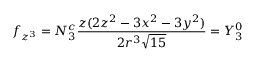
f _ { z ^ { 3 } } = N _ { 3 } ^ { c } { \frac { z ( 2 z ^ { 2 } - 3 x ^ { 2 } - 3 y ^ { 2 } ) } { 2 r ^ { 3 } { \sqrt { 1 5 } } } } = Y _ { 3 } ^ { 0 }